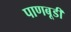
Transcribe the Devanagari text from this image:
पाणबूडी